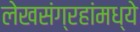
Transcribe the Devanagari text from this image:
लेखसंग्रहांमध्ये